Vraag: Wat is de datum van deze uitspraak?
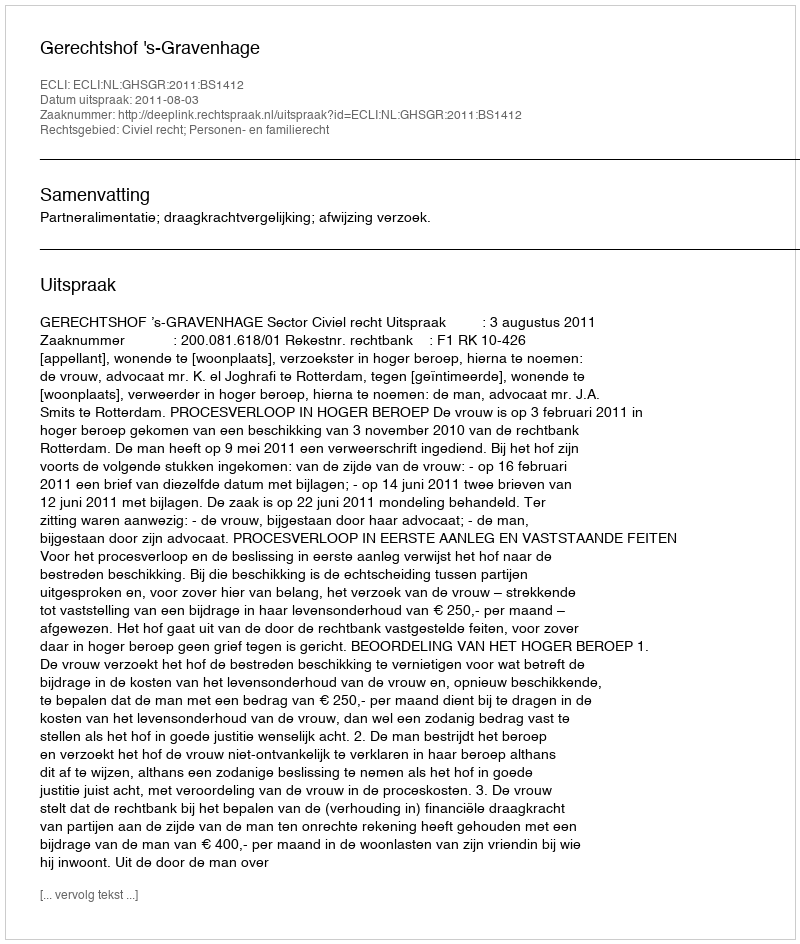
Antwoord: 2011-08-03